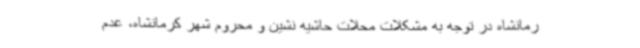
رمانشاه در توجه به مشکلات محلات حاشیه نشین و محروم شهر کرمانشاه، عدم